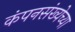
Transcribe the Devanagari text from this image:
कंपनसंख्येच्या